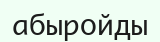
абыройды